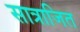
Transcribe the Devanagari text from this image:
सात्राजित